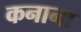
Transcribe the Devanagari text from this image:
कनाना